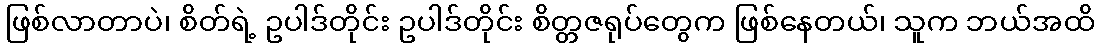
ဖြစ်လာတာပဲ၊ စိတ်ရဲ့ ဥပါဒ်တိုင်း ဥပါဒ်တိုင်း စိတ္တဇရုပ်တွေက ဖြစ်နေတယ်၊ သူက ဘယ်အထိ